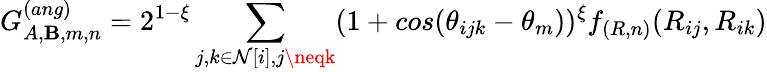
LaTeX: G_{A,\mathbf{B},m,n}^{(ang)}=2^{1-\xi}\sum_{j,k\in\mathcal{{N}}[i],j\neqk}(1+cos(\theta_{ijk}-\theta_{m}))^{\xi}f_{(R,n)}(R_{ij},R_{ik})